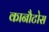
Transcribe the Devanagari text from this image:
कानौटोस